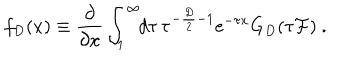
f _ { D } ( x ) \equiv { \frac { \partial } { \partial x } } \int _ { 1 } ^ { \infty } \! \! d \tau \, \tau ^ { - { \frac { D } { 2 } } - 1 } { \mathrm e } ^ { - \tau x } G _ { D } ( \tau { \cal F } ) \ .